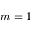
m = 1